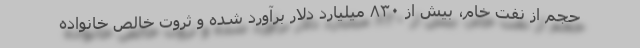
حجم از نفت خام، بیش از ۸۳۰ میلیارد دلار برآورد شده و ثروت خالص خانواده